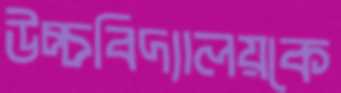
উচ্চবিদ্যালয়কে